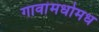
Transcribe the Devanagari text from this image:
गावांमधोमध